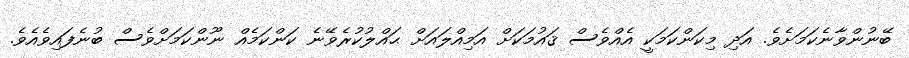
ބޭނުންވާނެކަމަށެވެ. އަދި މިކަންކަމަކީ އެއްވެސް ޤައުމަކަށް އަމިއްލައަށް ޙައްލުކުރެވޭނެ ކަންކަމެއް ނޫންކަމަށްވެސް ބުނެފައިވެއެވެ.